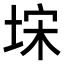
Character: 𭎥